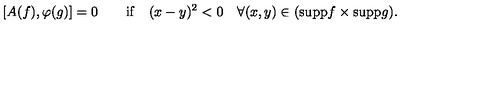
[ A ( f ) , \varphi ( g ) ] = 0 \quad \quad \mathrm { i f } \quad ( x - y ) ^ { 2 } < 0 \quad \forall ( x , y ) \in ( \mathrm { s u p p } f \times \mathrm { s u p p } g ) .